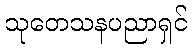
သုတေသနပညာရှင်